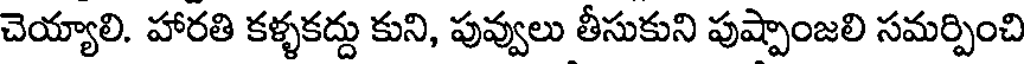
చెయ్యాలి. హారతి కళ్ళకద్దు కుని, పువ్వులు తీసుకుని పుష్పాంజలి సమర్పించి